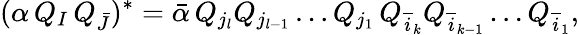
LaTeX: (\alpha\, Q_{I}\, Q_{\bar{J}})^{*}={\bar{\alpha}}\, Q_{j_{l}}Q_{j_{l-1}}\ldots Q_{j_{1}}\, Q_{{\overline{{i}}_{k}}}Q_{{\overline{{i}}_{k-1}}}\ldots Q_{{\overline{{i}}_{1}}},